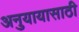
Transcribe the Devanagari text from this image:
अनुयायासाठी